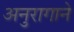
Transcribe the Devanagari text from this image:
अनुरागाने